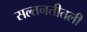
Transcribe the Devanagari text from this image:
सल्तनतीतली